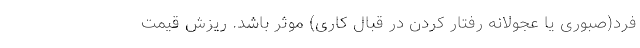
فرد(صبوری یا عجولانه رفتار کردن در قبال کاری) موثر باشد. ریزش قیمت